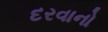
દરવાનો